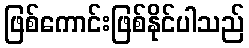
ဖြစ်ကောင်းဖြစ်နိုင်ပါသည်